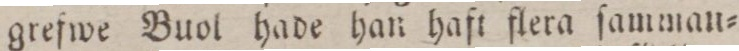
grefwe Buol hade han haft flera ſamman=